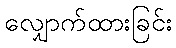
လျှောက်ထားခြင်း